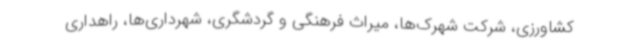
کشاورزی، شرکت شهرک‌ها، میراث فرهنگی و گردشگری، شهرداری‌ها، راهداری